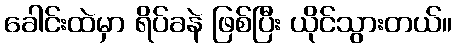
ခေါင်းထဲမှာ ရိပ်ခနဲ ဖြစ်ပြီး ယိုင်သွားတယ်။